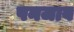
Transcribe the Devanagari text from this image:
पनजाब